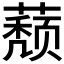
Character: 𰲁